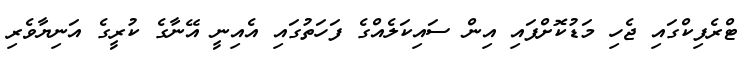
ޓްރެފިކްގައި ޖެހި މަޑުކޮށްފައި އިން ސައިކަލެއްގެ ފަހަތުގައި އެއިނީ އޭނާގެ ކުރީގެ އަނިޔާވެރި